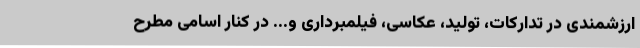
ارزشمندی در تدارکات، تولید، عکاسی، فیلمبرداری و... در کنار اسامی مطرح